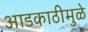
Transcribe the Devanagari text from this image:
आडकाठीमुळे